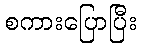
စကားပြောပြီး